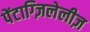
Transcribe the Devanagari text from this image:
पेंटाग्ज़िलेलीज़